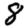
Digit: 8